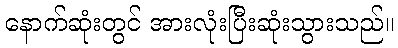
နောက်ဆုံးတွင် အားလုံးပြီးဆုံးသွားသည်။